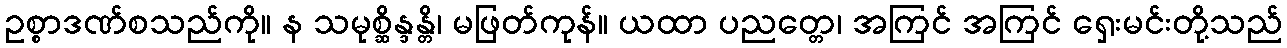
ဥစ္စာဒဏ်စသည်ကို။ န သမုစ္ဆိန္ဒန္တိ၊ မဖြတ်ကုန်။ ယထာ ပညတ္တေ၊ အကြင် အကြင် ရှေးမင်းတို့သည်